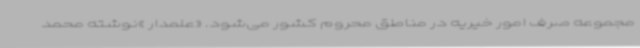
مجموعه صرف امور خیریه در مناطق محروم کشور می‌شود. «علمدار »نوشته محمد